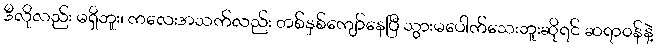
ဒီလိုလည်း မရှိဘူး၊ ကလေးအသက်လည်း တစ်နှစ်ကျော်နေပြီ သွားမပေါက်သေးဘူးဆိုရင် ဆရာဝန်နဲ့